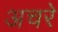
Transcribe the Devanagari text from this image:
अचरे